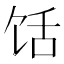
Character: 𱃺